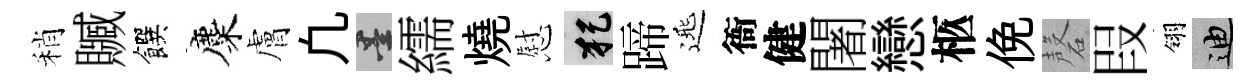
稍贓饌麋膚凢墨繻燒慰犯蹄𨓱衙健闍戀柩俛磬叚翎迪